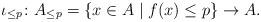
LaTeX: \begin{align*}\iota_{\leq p}\colon A_{\leq p}=\{x\in A\mid f(x)\leq p\}\to A.\end{align*}